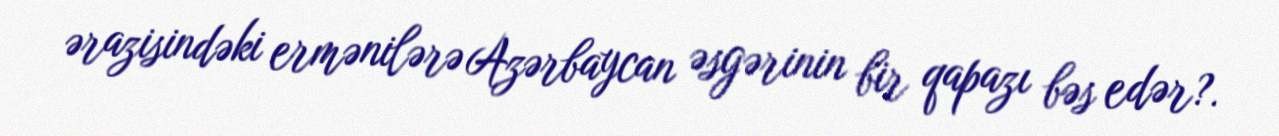
ərazisindəki ermənilərə Azərbaycan əsgərinin bir qapazı bəs edər?.